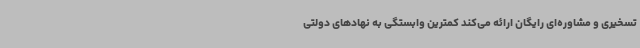
تسخیری و مشاوره‌ای رایگان ارائه می‌کند کمترین وابستگی به نهادهای دولتی